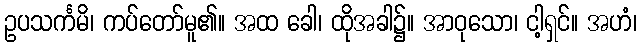
ဥပသင်္ကမိ၊ ကပ်တော်မူ၏။ အထ ခေါ၊ ထိုအခါ၌။ အာဝုသော၊ ငါ့ရှင်။ အဟံ၊